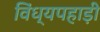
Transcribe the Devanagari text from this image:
विंध्यपहाड़ी